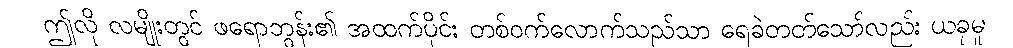
ဤလို လမျိုးတွင် ဖရောဘွန်း၏ အထက်ပိုင်း တစ်ဝက်လောက်သည်သာ ရေခဲတတ်သော်လည်း ယခုမူ